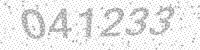
Solution: 041233